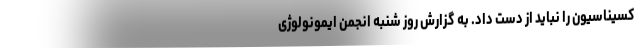
کسیناسیون را نباید از دست داد. به گزارش روز شنبه انجمن ایمونولوژی